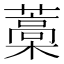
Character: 藁